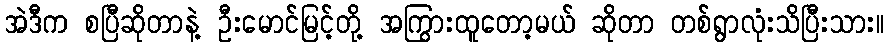
အဲဒီက စပြီဆိုတာနဲ့ ဦးမောင်မြင့်တို့ အကြွားထူတော့မယ် ဆိုတာ တစ်ရွာလုံးသိပြီးသား။